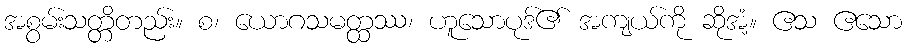
အစွမ်းသတ္တိတည်း။ စ၊ ယောဂသမတ္ထဿ၊ ဟူသောပုဒ်၏ အကျယ်ကို ဆိုအံ့။ ဧသ ဧသော